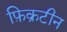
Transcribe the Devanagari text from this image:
फ़िक्रटीन